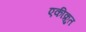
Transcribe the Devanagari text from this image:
एकीक्रुत